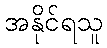
အနိုင်ရသူ